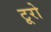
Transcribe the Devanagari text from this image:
टूरो